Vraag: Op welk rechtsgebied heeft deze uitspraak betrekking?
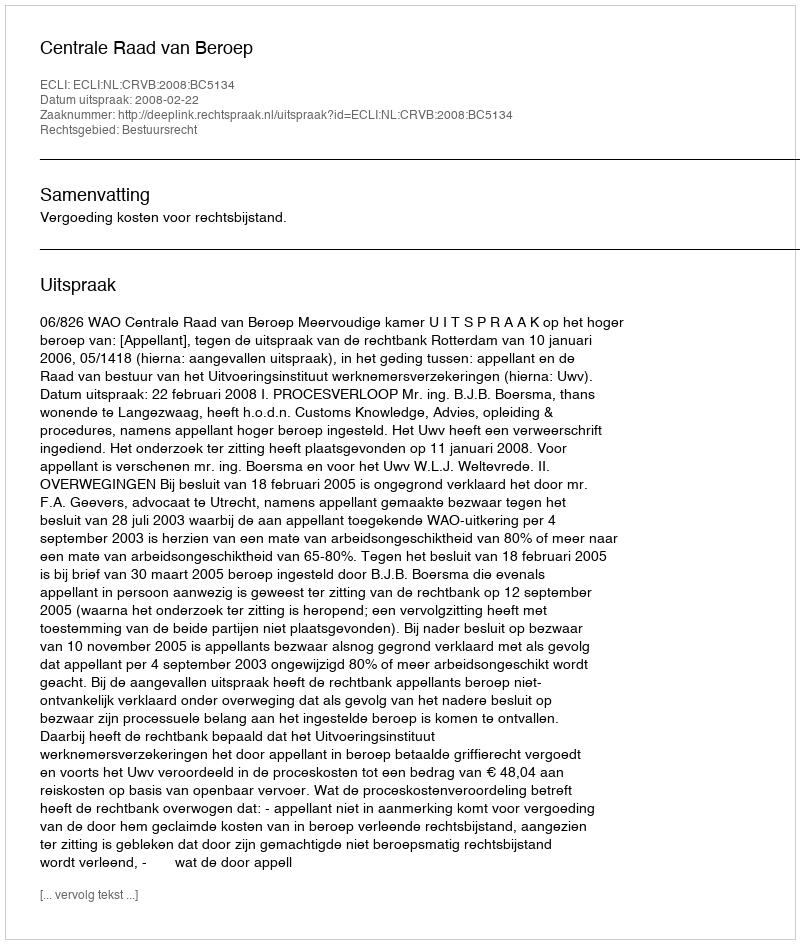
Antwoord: Bestuursrecht